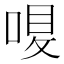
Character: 𠷙